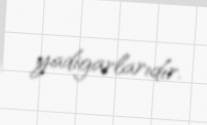
yadigarlarıdır.